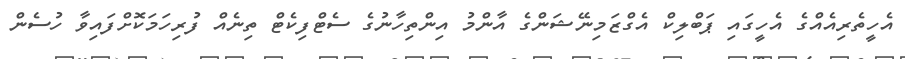
އެހީތެރިއެއްގެ އެހީގައި ޕަބްލިކް އެގްޒަމިނޭޝަންގެ އާންމު އިންތިހާނުގެ ސެޓްފިކެޓް ތިނެއް ފުރިހަމަކޮށްފައިވާ ހުސެން